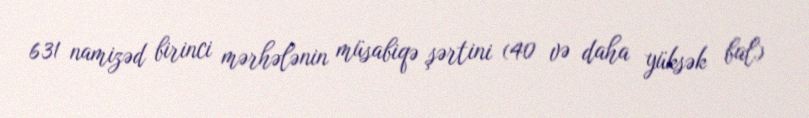
631 namizəd birinci mərhələnin müsabiqə şərtini (40 və daha yüksək bal)